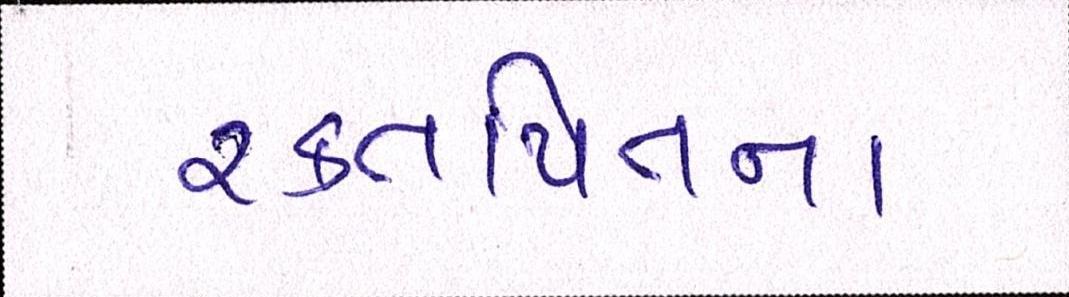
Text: રક્તપિતના